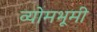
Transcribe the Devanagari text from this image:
व्योमभूमी